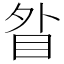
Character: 䀤